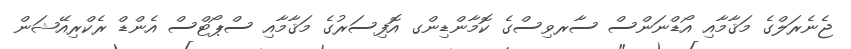
ޖެނެރަލްގެ މަޤާމާއި އޯޑްނަންސް ސާރވިސްގެ ކޮމާންޑިންގ އޮފިސަރުގެ މަޤާމާއި ސްޕޯޓްސް އެންޑް ރެކްރިއޭޝަން